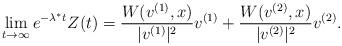
LaTeX: \begin{align*}\lim_{t\to\infty}e^{-\lambda^*t}Z(t)=\frac{W(v^{(1)},x)}{|v^{(1)}|^2}v^{(1)}+\frac{W(v^{(2)},x)}{|v^{(2)}|^2}v^{(2)}.\end{align*}